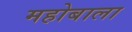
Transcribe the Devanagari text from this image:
महोबाला